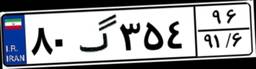
۶۹گ۸۹۵۱۵